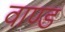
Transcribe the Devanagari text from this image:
वाण्ड